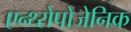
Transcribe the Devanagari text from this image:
एन्थ्‍रोपोजेनिक